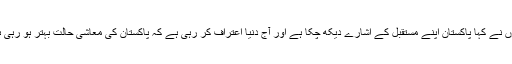
انہوں نے کہا پاکستان اپنے مستقبل کے اشارے دیکھ چکا ہے اور آج دنیا اعتراف کر رہی ہے کہ پاکستان کی معاشی حالت بہتر ہو رہی ہے۔